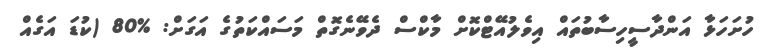
ހުށަހަޅާ އަންދާސީހިސާބުތައް އިވެލުއޭޓްކޮށް މާކްސް ދެވޭނެގޮތް މަސައްކަތުގެ އަގަށް: %80 (ކުޑަ އަގެއް